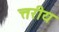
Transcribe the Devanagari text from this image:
त्तरीय